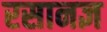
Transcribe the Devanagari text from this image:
रसानज्ञ